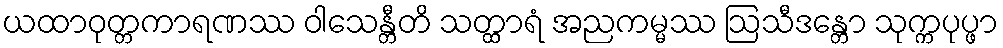
ယထာဝုတ္တကာရဏဿ ဝါသေန္တီတိ သတ္ထာရံ အညကမ္မဿ ဩသီဒန္တော သုက္ကပုပ္ဖာ